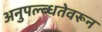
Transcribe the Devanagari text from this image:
अनुपल्ब्धतेवरून